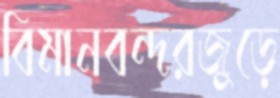
বিমানবন্দরজুড়ে